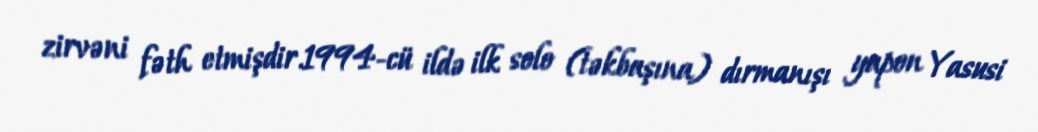
zirvəni fəth etmişdir.1994-cü ildə ilk solo (təkbaşına) dırmanışı yapon Yasusi